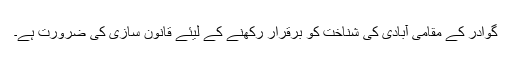
گوادر کے مقامی آبادی کی شناخت کو برقرار رکھنے کے لیئے قانون سازی کی ضرورت ہے۔